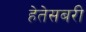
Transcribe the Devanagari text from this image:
हेतेसबरी